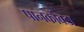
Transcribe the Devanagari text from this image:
पानकोंबडा